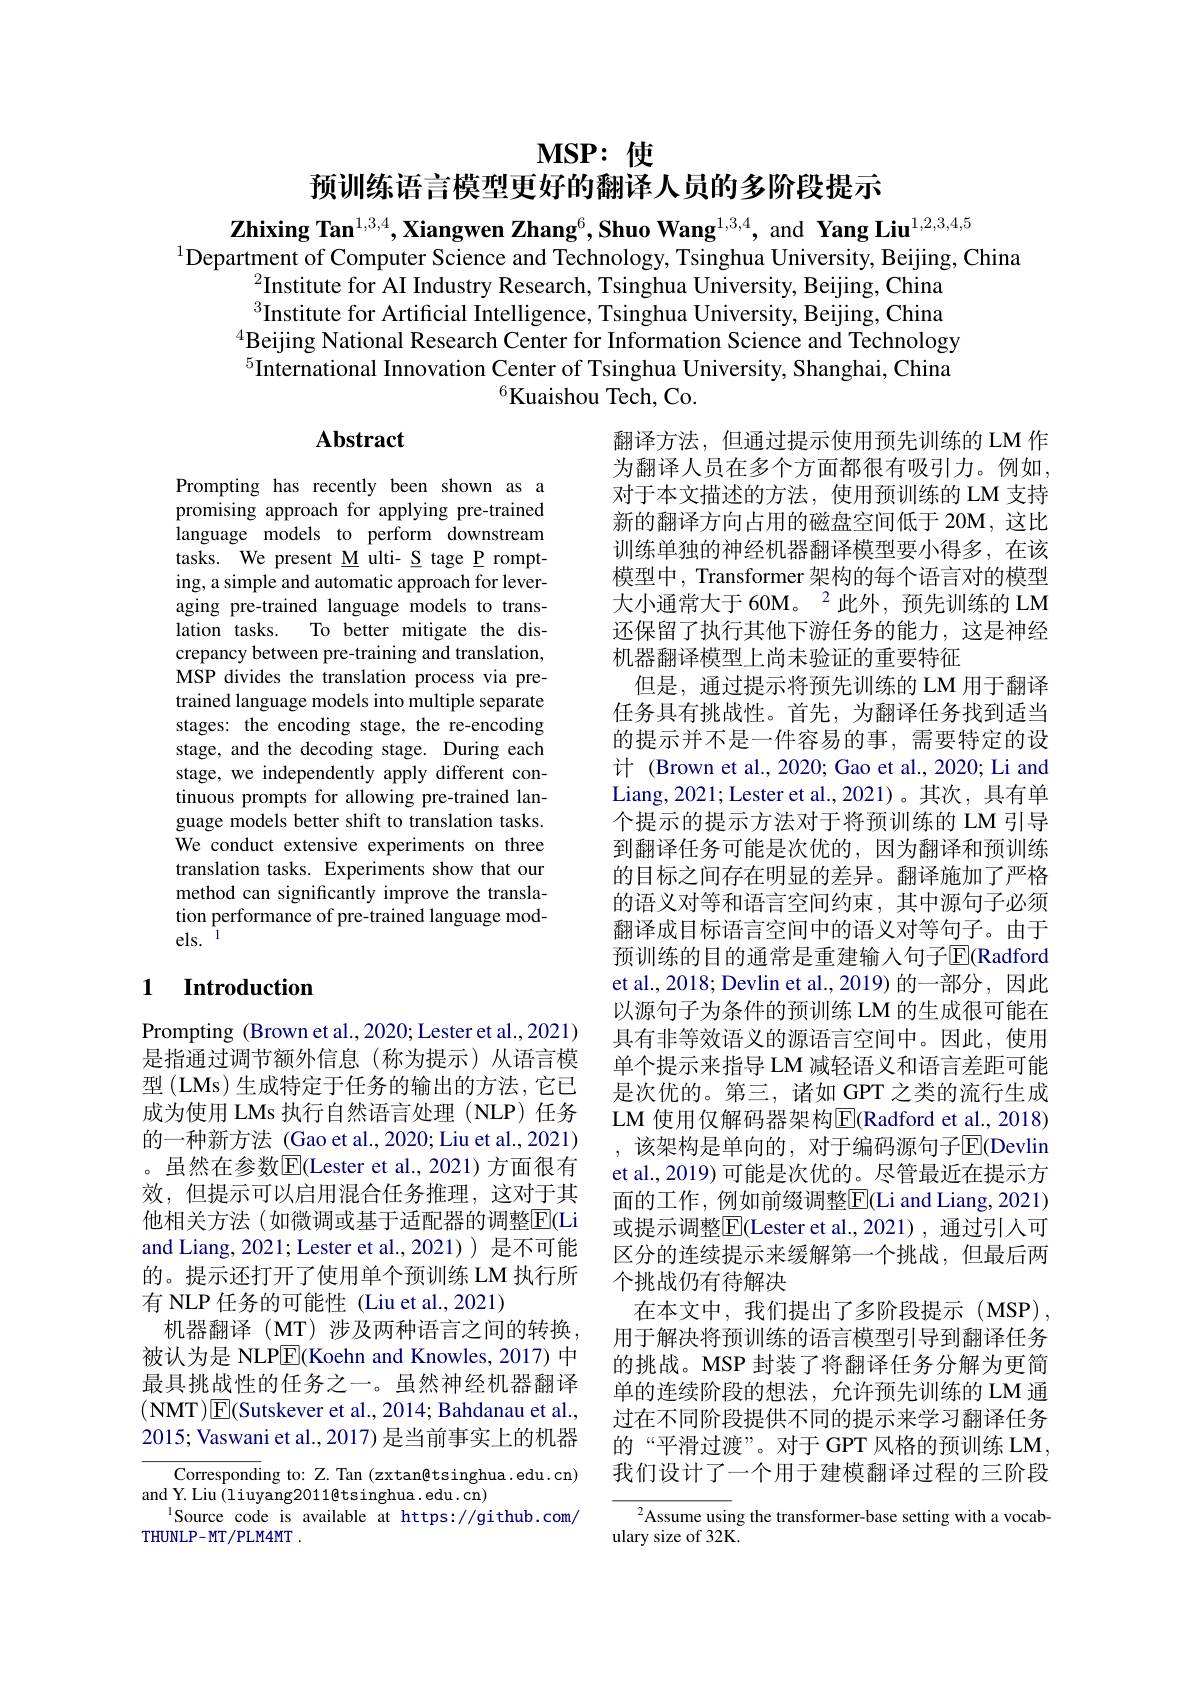
$\mathbf{MSP:}$使

预训练语言模型更好的翻译人员的多阶段提示

$\textbf{Zhixing Tan}^{1,3,4},\textbf{Xiangwen Zhang}^6,\textbf{Shuo Wang}^{1,3,4}$, and Yang Liu$^{1,2,3,4,5}$
$^{1}$Department of Computer Science and Technology, Tsinghua University, Beijing, China
$^{2}$Institute for AI Industry Research, Tsinghua University, Beijing, China $^{3}$Institute for Artificial Intelligence, Tsinghua University, Beijing, China $^{4}$Beijing National Research Center for Information Science and Technology $^{5}$International Innovation Center of Tsinghua University, Shanghai, China
$^{6}$Kuaishou Tech, Co.

# Abstract

Prompting has recently been shown as a promising approach for applying pre-trained language models to perform downstream tasks. We present M ulti- S tage P rompting, a simple and automatic approach for leveraging pre-trained language models to translation tasks. To better mitigate the discrepancy between pre-training and translation, MSP divides the translation process via pretrained language models into multiple separate stages: the encoding stage, the re-encoding stage, and the decoding stage. During each stage, we independently apply different continuous prompts for allowing pre-trained language models better shift to translation tasks. We conduct extensive experiments on three translation tasks. Experiments show that our method can significantly improve the translation performance of pre-trained language mod-

翻译方法，但通过提示使用预先训练的 LM 作为翻译人员在多个方面都很有吸引力。例如， 对于本文描述的方法，使用预训练的 LM 支持新的翻译方向占用的磁盘空间低于 20M, 这比训练单独的神经机器翻译模型要小得多，在该模型中，Transformer 架构的每个语言对的模型大小通常大于 60M。$^2$此外，预先训练的 LM 还保留了执行其他下游任务的能力，这是神经机器翻译模型上尚未验证的重要特征
但是，通过提示将预先训练的 LM 用于翻译任务具有挑战性。首先，为翻译任务找到适当的提示并不是一件容易的事，需要特定的设计 (Brown et al., 2020; Gao et al., 2020; Li and Liang, 2021; Lester et al., 2021)。其次，具有单个提示的提示方法对于将预训练的 LM 引导到翻译任务可能是次优的，因为翻译和预训练的目标之间存在明显的差异。翻译施加了严格的语义对等和语言空间约束，其中源句子必须翻译成目标语言空间中的语义对等句子。由于预训练的目的通常是重建输人句子$\overline{\mathrm{E}}($Radford et al., 2018; Devlin et al., 2019) 的一部分，因此以源句子为条件的预训练 LM 的生成很可能在具有非等效语义的源语言空间中。因此，使用单个提示来指导 LM 减轻语义和语言差距可能是次优的。第三，诸如 GPT 之类的流行生成LM 使用仅解码器架构$\overline{\mathrm{E}}($Radford et al., 2018) 该架构是单向的，对于编码源句子$\overline{\mathrm{E}}($Devlin et al., 2019) 可能是次优的。尽管最近在提示方面的工作，例如前缀调整$\overline{\mathrm{E}}$(Li and Liang, 2021) 或提示调整$\overline{\mathrm{E}}($Lester et al.,2021), 通过引人可区分的连续提示来缓解第一个挑战，但最后两个挑战仍有待解决
在本文中，我们提出了多阶段提示(MSP), 用于解决将预训练的语言模型引导到翻译任务的挑战。MSP 封装了将翻译任务分解为更简单的连续阶段的想法，允许预先训练的 LM 通过在不同阶段提供不同的提示来学习翻译任务的“平滑过渡”。对于 GPT 风格的预训练 LM, 我们设计了一个用于建模翻译过程的三阶段
Assume using the transformer-base setting with a vocab-

### 1 $\textbf{Introduction}$

Prompting (Brown et al., 2020; Lester et al., 2021) 是指通过调节额外信息(称为提示)从语言模型 (LMs) 生成特定于任务的输出的方法，它已成为使用 LMs 执行自然语言处理 (NLP) 任务的一种新方法 (Gao et al., 2020; Liu et al., 2021) 。虽然在参数$\overline{\mathrm{E}}$(Lester et al.,2021)方面很有效，但提示可以启用混合任务推理，这对于其他相关方法(如微调或基于适配器的调整$\overline{\mathrm{E}}($Li and Liang, 2021; Lester et al., 2021) ) 是不可能的。提示还打开了使用单个预训练 LM 执行所有 NLP 任务的可能性 (Liu et al.,2021)
机器翻译(MT)涉及两种语言之间的转换， 被认为是 NLP$\overline{\mathrm{E}}$(Koehn and Knowles, 2017) 中最具挑战性的任务之一。虽然神经机器翻译(NMT$) \boxed{\mathrm{E} }($Sutskever et al., 2014; Bahdanau et al., 2015; Vaswani et al., 2017) 是当前事实上的机器

Corresponding to: Z. Tan (zxtan@tsinghua.edu.cn)
and Y. Liu (liuyang20118tsinghua. edu. cn)
Source code is available at https://github.com/
THUNLP-MT/PLM4MT .

ulary size of 32K.